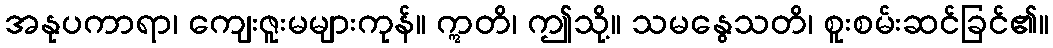
အနုပကာရာ၊ ကျေးဇူးမများကုန်။ ဣတိ၊ ဤသို့။ သမနွေသတိ၊ စူးစမ်းဆင်ခြင်၏။